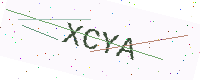
Text: XCYA